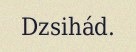
Dzsihád.